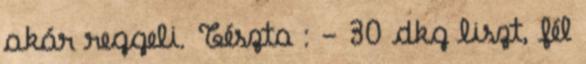
akár reggeli. Tészta : - 30 dkg liszt, fél